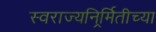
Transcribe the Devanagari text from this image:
स्वराज्यनिर्र्मितीच्या